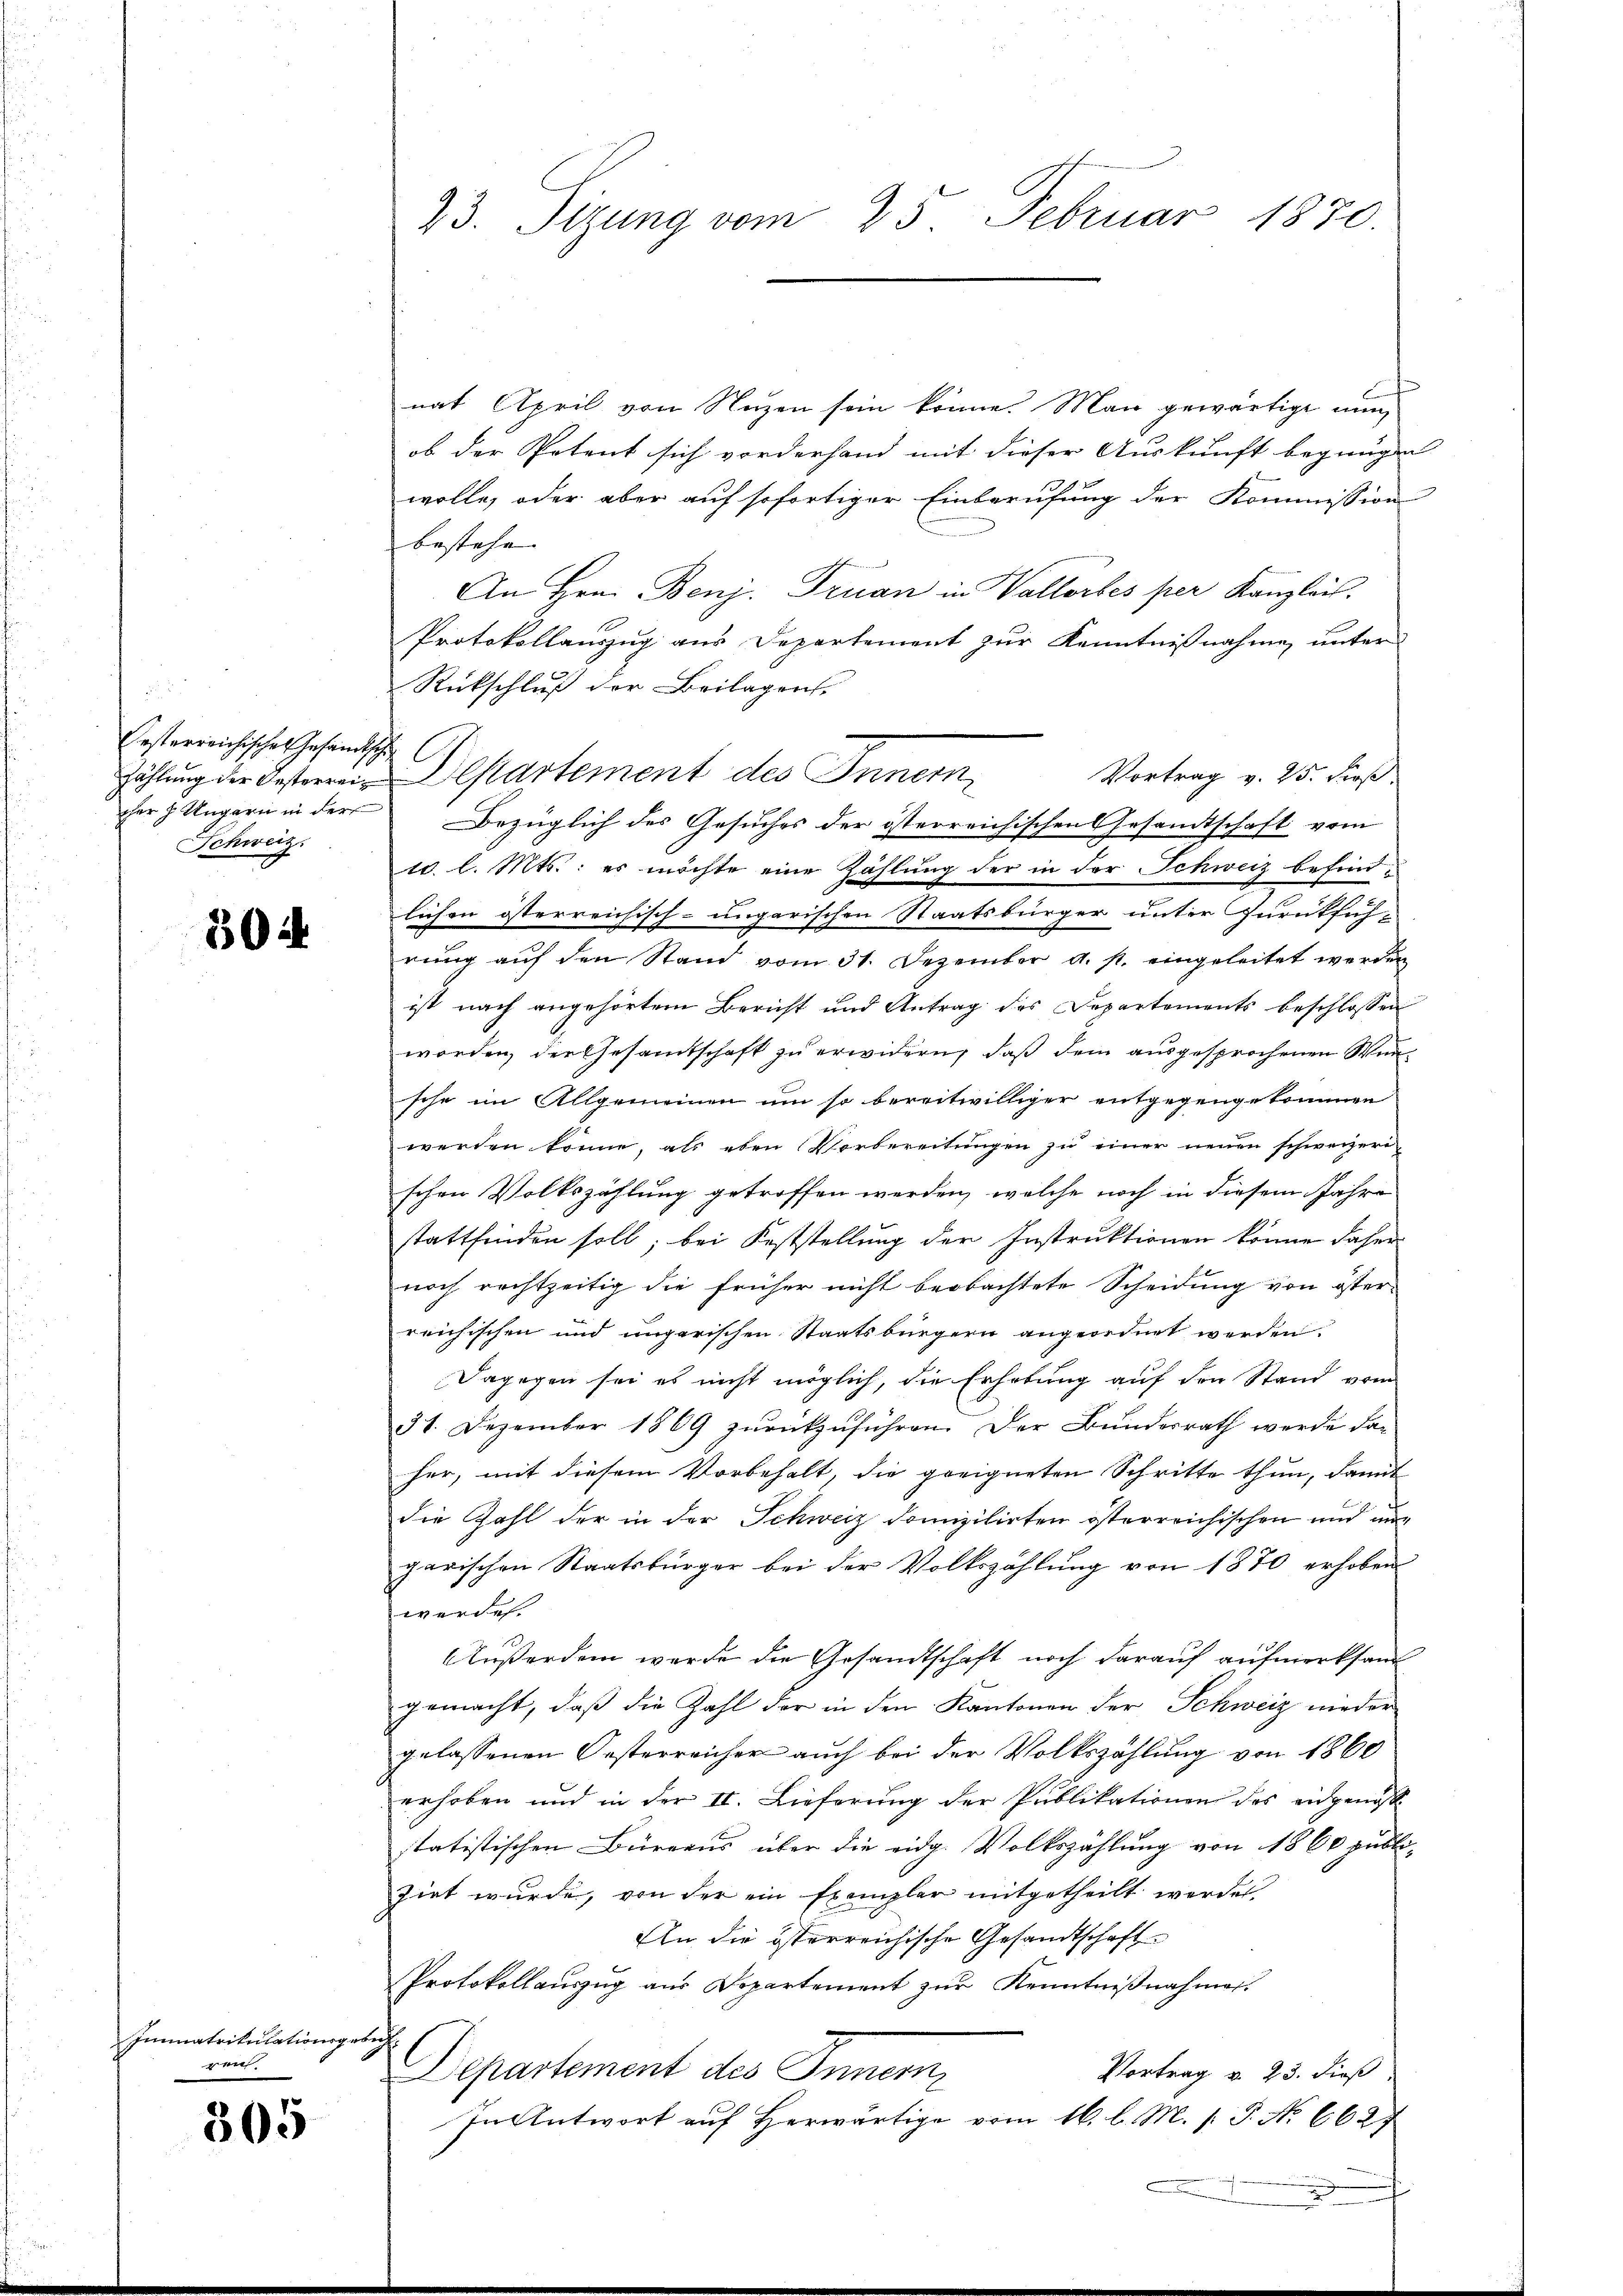
Oesterreichisches Gesandtsche
Schweiz.

304

Immatrikulationsgeb.
e

305

23. Sizung vom 25. Februar 1870.

nat April von Nuzen sein könne. Man gewärtige nun,
ob der Petent sich vorderhand mit dieser Auskunft begnügen
wolle, oder aber auf sofortiger Einberufung der Kommission
bestehe. |
An Hrn. Benj. Truan in Vallorbes per Kanzlei.
Protokollauszug aus Departement zur Kenntnißnahme unter
Rückschluß der Beilagen.
Vortrag v. 25. Fieß.
zählung der Gesterrei Altartement des Innern,
cher z. Ungarn in der Bezüglich des Gesuches der österreichischen Gesandtschaft vom
c. l. Mts.: es möchte eine Zahlung der in der Schweiz befindlichen österreichisch-ungarischen Staatsbürger unter Zurückfüh-
rŭng aŭf den Stand vom 31. Dezember a. p. eingeleitet werden
ist nach angehörtem Bericht und Antrag des Departements beschlossen
worden, der Gesamtschaft zu erwidern, daß dem ausgesprochenen Winsche im Allgemeinen um so bereitwilliger entgegengekommen
werden könne, als eben Vorbereitŭngen zu einer neuen schweizerischen Volkszählung getroffen werden, welche noch in diesem Jahre
stattfinden soll; bei Feststellung der Instruktionen könne daher
noch rechtzeitig die früher nicht beobachtete Scheidung von öster-
reichischen und ungerischen Staatsbürgern angeordnet werden.
Dagegen sei es nicht möglich, die Erhebung auf den Stand vom
31. Dezember 1869 zurückzuführen. Der Bundesrath werde daher, mit diesem Vorbehalt, die geeigneten Schritte thun, damit
die Zahl der in der Schweiz domizilirten österreichischen und ungarischen Staatsbürger bei der Volkszählung von 1870 erhoben
werden.
Außerdem werde die Gesandtschaft noch darauf aufmerksam
gemacht, daß die Zahl der in den Kantonen der Schweiz nieder
gelassenen Oesterreicher auch bei der Volkszählung von 1860
erhoben und in der II. Lieferung der Publikationen des eidgenöß
statistischen Bürgaus über die eidg. Volkszählung von 1860 publizirt wurde, von der ein Exemplar mitgetheilt werden.
In die österreichische Gesandtschaft
Protokollauszug aus Departement zur Kenntnißnahmen.
2
Departement des Innern
Vortrag v. 23. dieß
In Antwort auf Herwärtige vom 16. l. M. s. P. No 6627

C.